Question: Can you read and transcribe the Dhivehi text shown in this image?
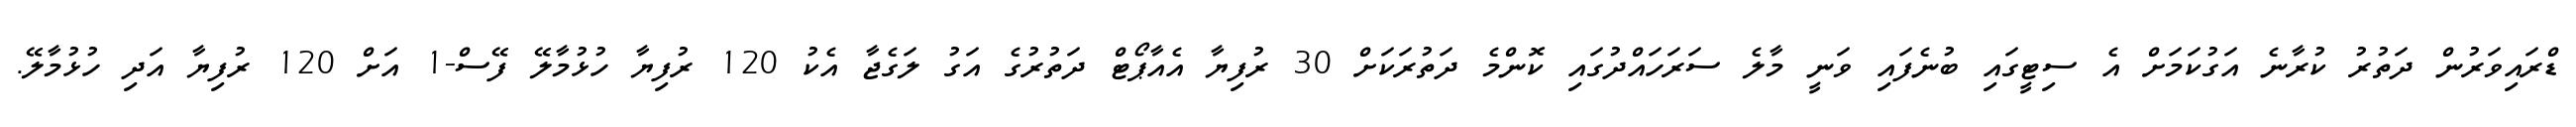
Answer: ޑްރައިވަރުން ދަތުރު ކުރާނެ އަގުކަމަށް އެ ސިޓީގައި ބުނެފައި ވަނީ މާލެ ސަރަހައްދުގައި ކޮންމެ ދަތުރަކަށް 30 ރުފިޔާ އެއާޕޯޓް ދަތުރުގެ އަގު ލަގެޖާ އެކު 120 ރުފިޔާ ހުޅުމާލޭ ފޭސް-1 އަށް 120 ރުފިޔާ އަދި ހުޅުމާލޭ.